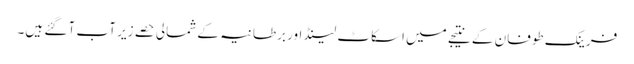
فرینک طوفان کے نتیجے میں اسکاٹ لینڈ اور برطانیہ کے شمالی حصے زیر آب آ گئے ہیں۔